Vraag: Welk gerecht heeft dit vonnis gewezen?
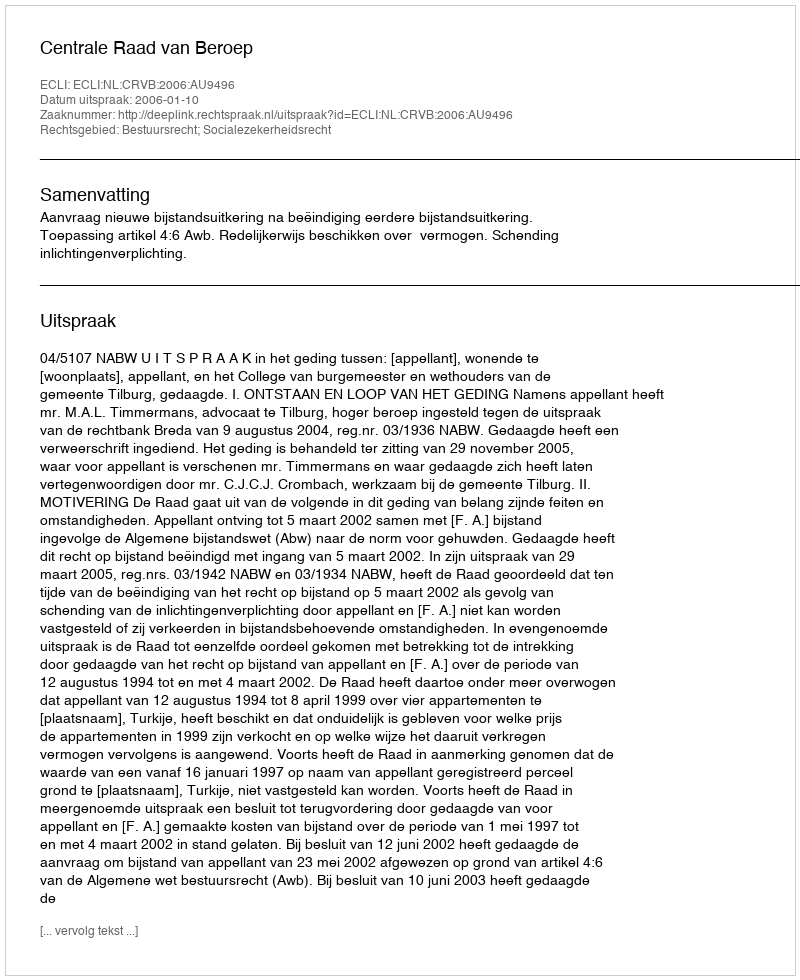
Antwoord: Centrale Raad van Beroep